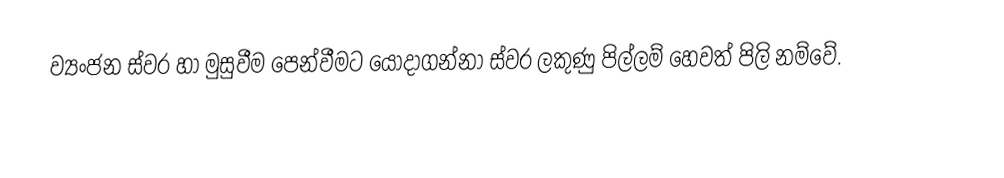
ව්‍යංජන ස්වර හා මුසුවීම පෙන්වීමට යොදාගන්නා ස්වර ලකුණු පිල්ලම් හෙවත් පිලි නම්වේ.